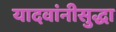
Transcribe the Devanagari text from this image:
यादवांनीसुद्धा